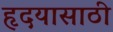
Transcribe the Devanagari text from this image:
हृदयासाठी